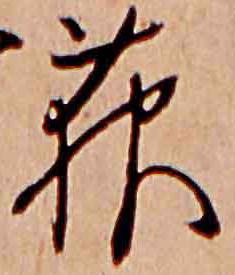
萩